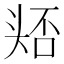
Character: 𭑛